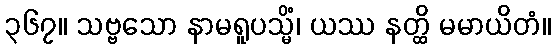
၃၆၇။ သဗ္ဗသော နာမရူပသ္မိံ၊ ယဿ နတ္ထိ မမာယိတံ။